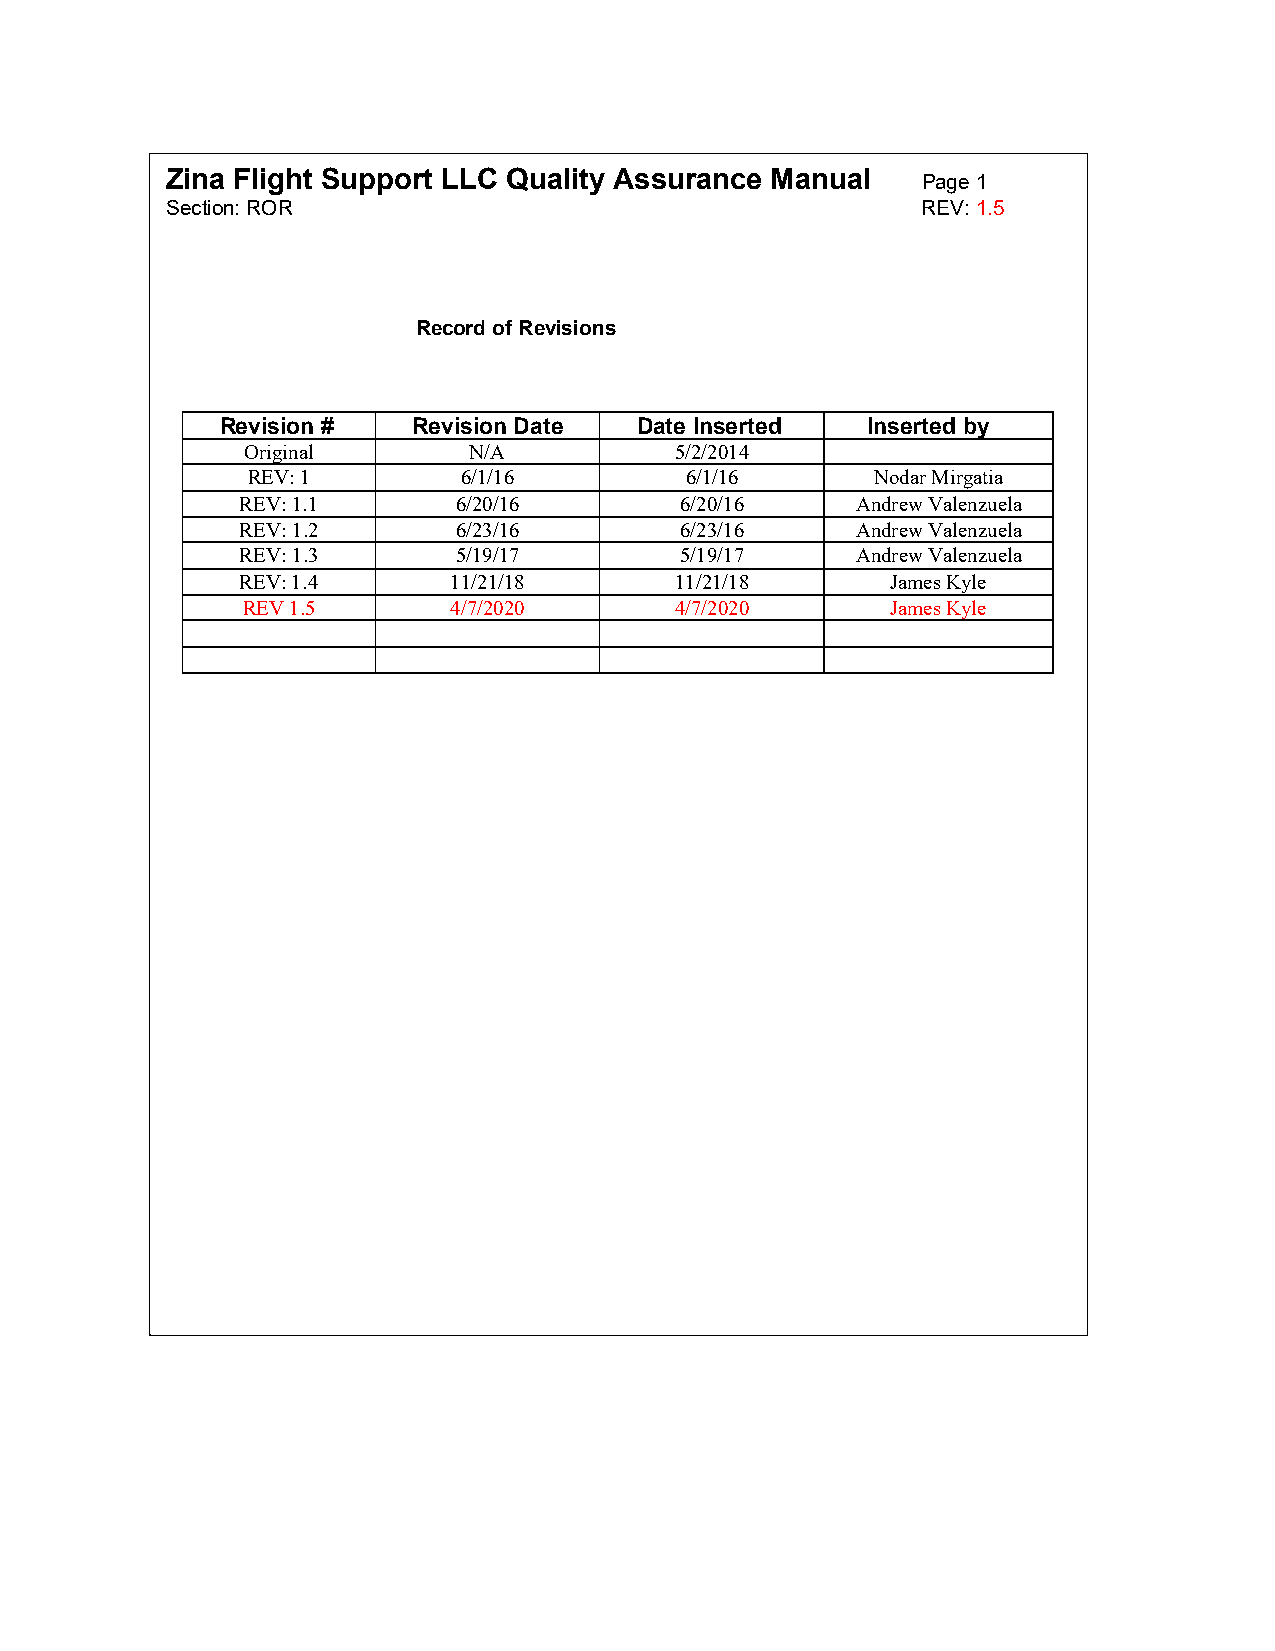
Zina Flight Support LLC Quality Assurance Manual  Page 1
 Section: ROR                                      REV: 1.5
 Record of Revisions
 Revision #  Revision Date  Date Inserted  Inserted by
 Original       N/A           5/2/2014
 REV: 1         6/1/16        6/1/16       Nodar Mirgatia
 REV: 1.1      6/20/16        6/20/16     Andrew Valenzuela
 REV: 1.2      6/23/16        6/23/16     Andrew Valenzuela
 REV: 1.3      5/19/17        5/19/17     Andrew Valenzuela
 REV: 1.4      11/21/18       11/21/18      James Kyle
 REV 1.5       4/7/2020       4/7/2020      James Kyle